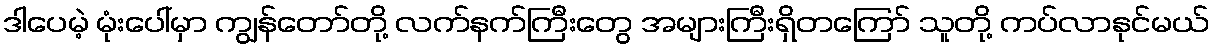
ဒါပေမဲ့ မုံးပေါ်မှာ ကျွန်တော်တို့ လက်နက်ကြီးတွေ အများကြီးရှိတကြော် သူတို့ ကပ်လာနုင်မယ်